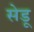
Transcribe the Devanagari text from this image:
सेडू